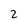
Character: 2